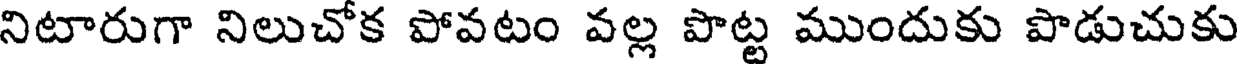
నిటారుగా నిలుచోక పోవటం వల్ల పొట్ట ముందుకు పొడుచుకు